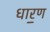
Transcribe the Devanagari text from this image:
धार॒ण